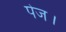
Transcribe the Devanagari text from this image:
पेज।